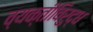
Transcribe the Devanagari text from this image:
व्यक्तीविरुद्ध